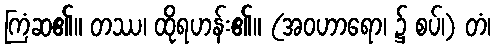
ကြံဆ၏။ တဿ၊ ထိုရဟန်း၏။ (အဝဟာရော၊ ၌ စပ်၊) တံ၊